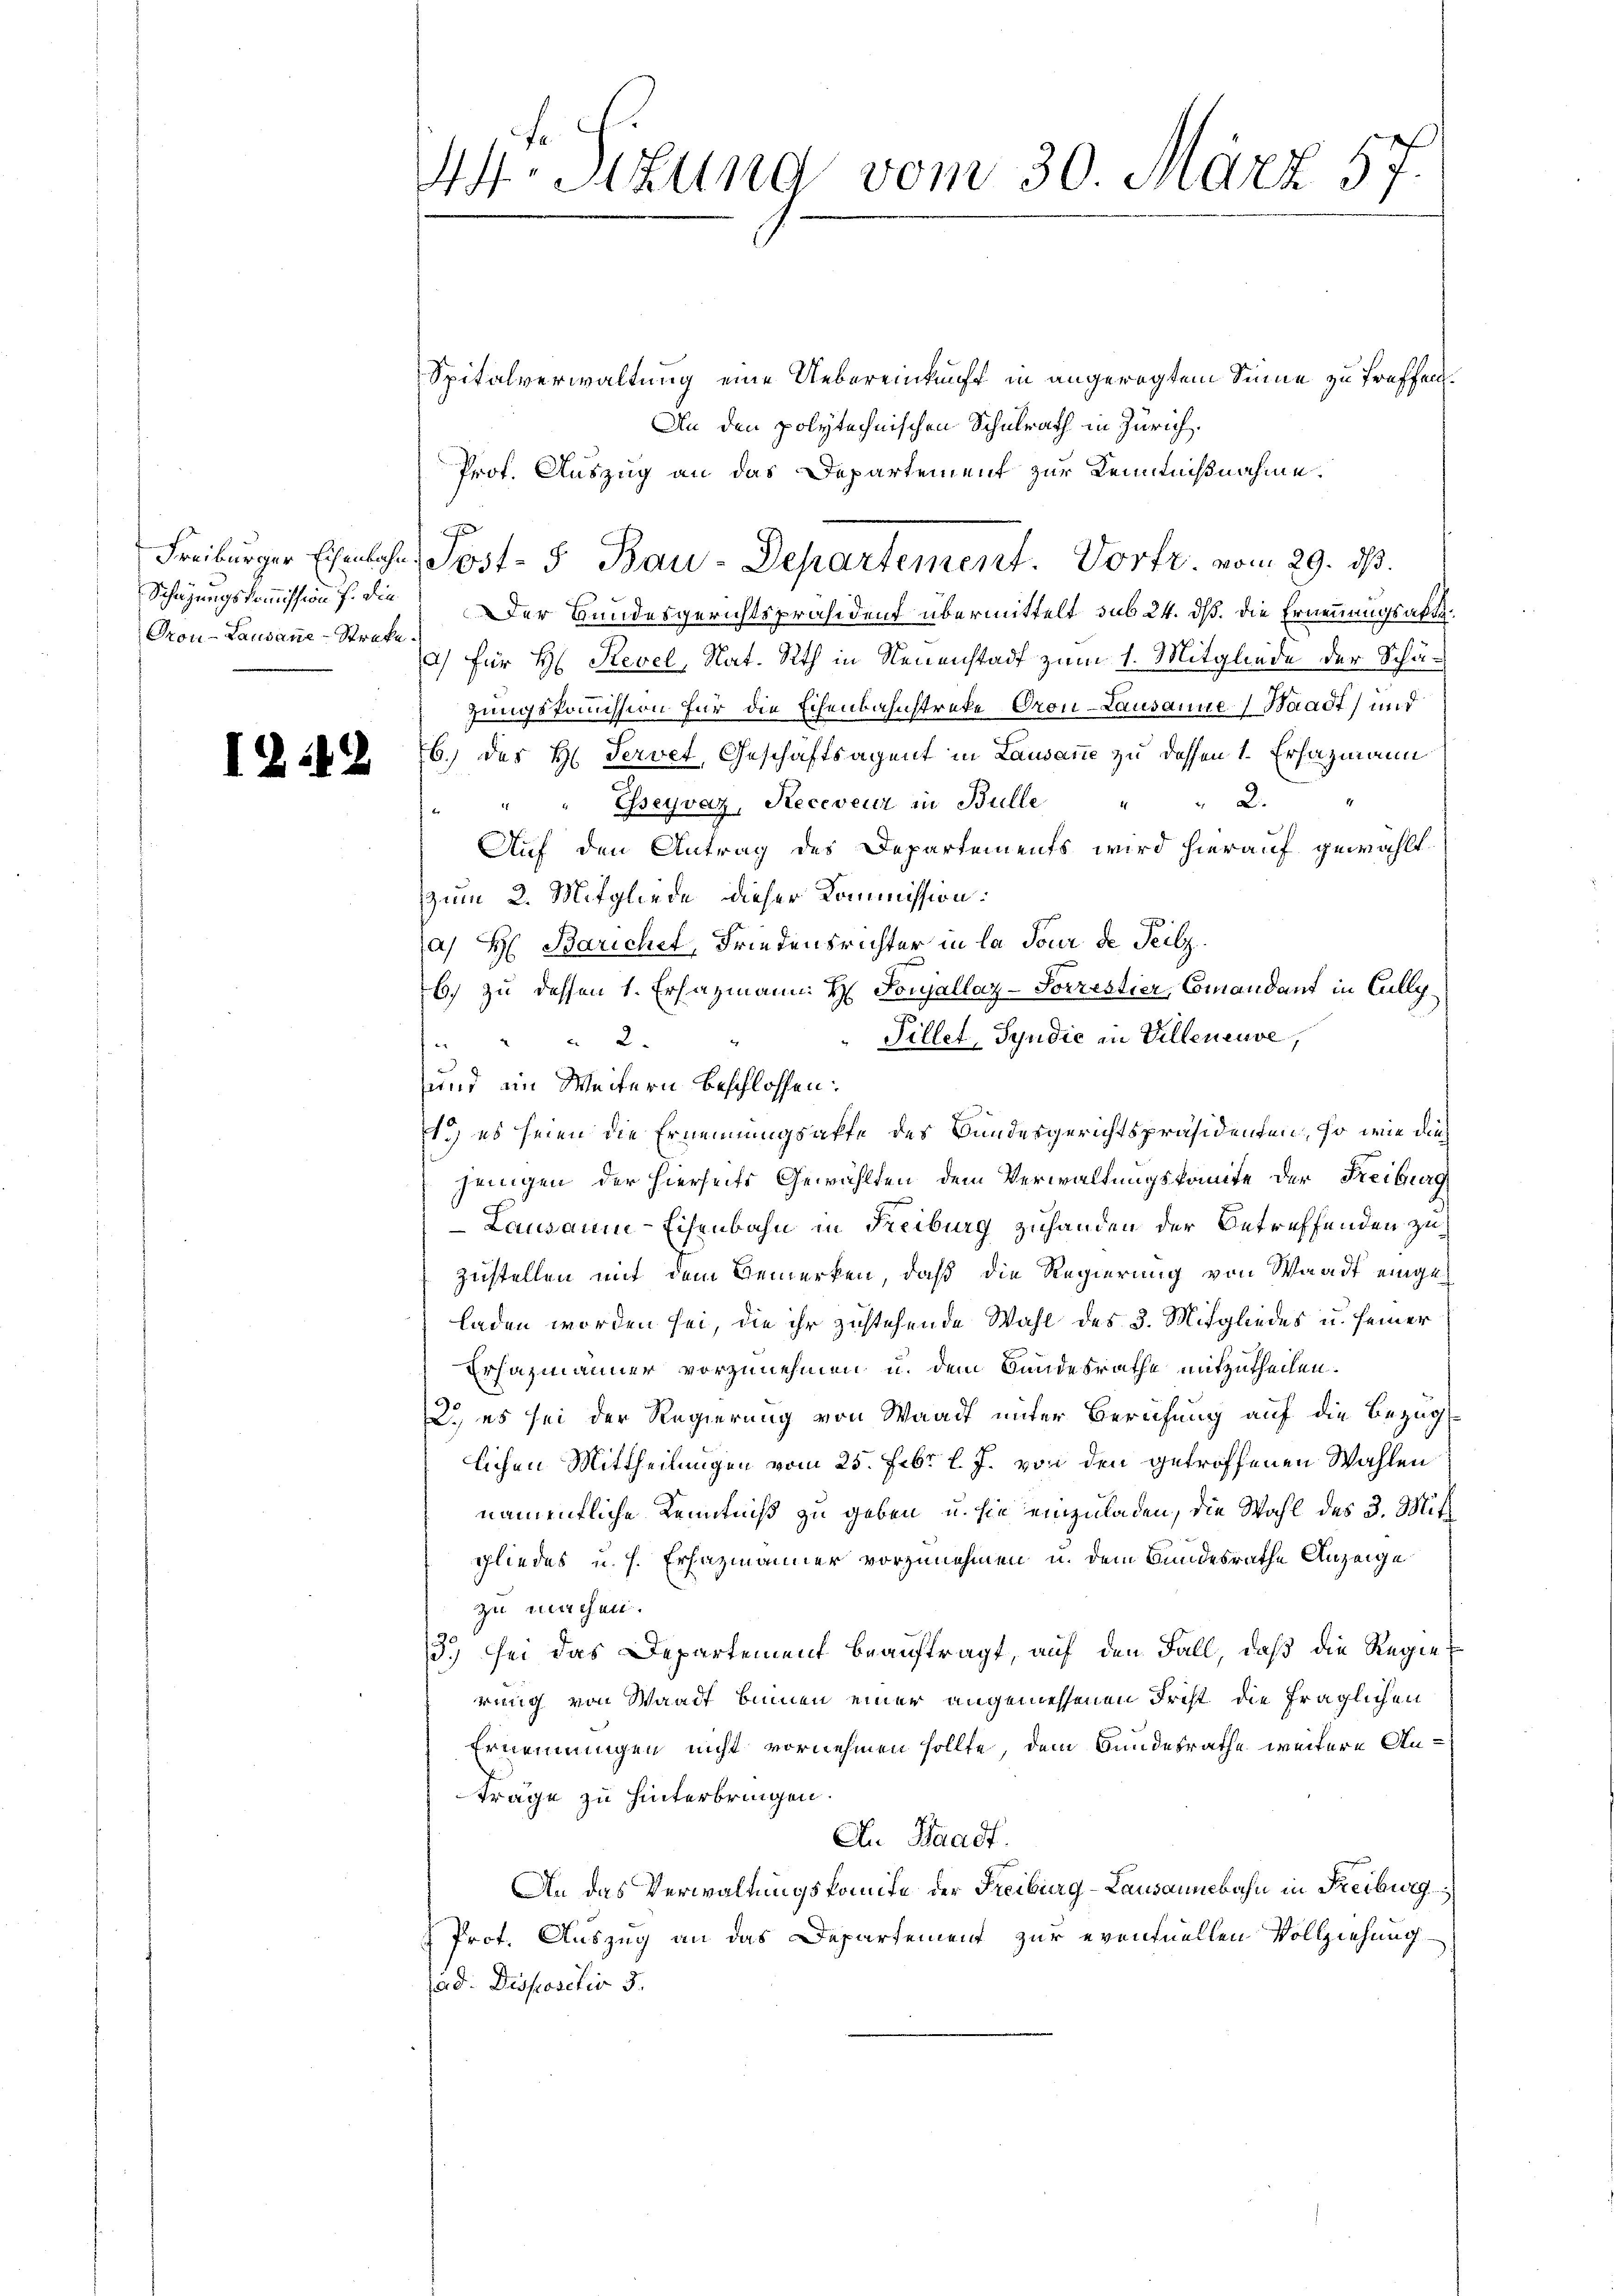
Schazungskommission f. die
Grou-Lausanne-Streke

I2.19

44 Sizung vom 30. März 57.

Spitalverwaltung eine Uebereinkunft in angeregtem Sinne zu treffen.
An den polytechnischen Schulrath in Zürich
Prof. Auszug an das Departement zur Kenntnißnahme.
J
Der Bundesgerichtspräsidenz übermittelt sub 24. dß. die Ernennungsakte
a) für H: Revel, Nat. Rath in Neuenstadt zum 1. Mitgliede der Schägungskommission für die Eisenbahnstreke Oron-Lausanne Waadt, und
b.) des H. Servet, Geschäftsagent in Lausanne zu dessen 1. Erhazmann
2.
" " Esseyvaz, Receveur in Bulle
Auf den Antrag des Departements wird hierauf gewählt.
zum 2. Mitgliede dieser Kommission:
a) Hr: Barichet, Friedensrichter in la jour de Teilz
b) zu dessen 1. Ersazmann H. Jonallaz-Forrestier, Comandant in Cully
Pillet, Syndic in Villeneuve,
2.
e
und im Weitern beschlossen:
1.) es seien die Ernennungsaffe des Bundesgerichtspräsidenten, so wie durch
jenigen der hierseits Gewählten dem Verwaltungskomite der Freiburg
Lausaum-Eisenbahn in Freiburg zuhanden der Betreffenden zu¬
Zustellen mit dem Gemerken, daß die Regierung von Waadt eingeladen worden sei, die ihr zustehende Wahl des 3. Mitgliedes u. seiner
Erhazmänner vorzunehmen u. dem Bundesrathe mitzutheilen.
2. es sei der Regierung von Waadt unter Berufung auf die Bezugslichen Mittheilungen vom 25. Febr. l. J. von den getroffenen Wahlen
namentliche Kenntniß zu geben, u. sie einzuladen, die Wahl des 3. Mitt
gliedes u. h. Erhazmänner vorzunehmen u. dem Bundesrathe Anzeige
zu machen.
3.) sei das Departement beauftragt, auf den Fall, daß die Regierung von Waadt binnen einer angemessenen Frist die fraglichen
Ernennungen nicht vornehmen sollte, dem Bundesrathe weitere Anträge zu hinterbringen.
An Staadt.
An das Verwaltungskomite der Freiburg-Lausannebahn in Freiburg
Prot. Auszug an das Departement zur eventuellen Vollziehung
ad. Dispositio 3.

Freiburger Einsche Post- 5. Bau-Departement. Vortr. vom 29. ds.